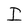
Character: I